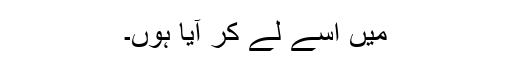
میں اُسے لے کر آیا ہوں۔